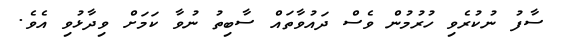
ސާފު ނުކުރެވި ހުރުމުން ވެސް ދައުވާތައް ސާބިތު ނުވާ ކަމަށް ވިދާޅުވި އެވެ.